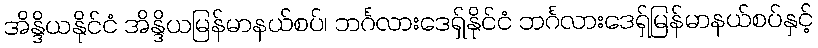
အိန္ဒိယနိုင်ငံ အိန္ဒိယမြန်မာနယ်စပ်၊ ဘင်္ဂလားဒေရှ်နိုင်ငံ ဘင်္ဂလားဒေရှ်မြန်မာနယ်စပ်နှင့်